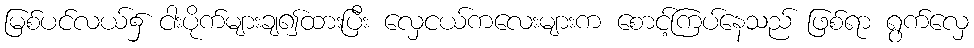
မြစ်ပင်လယ်၌ ငါးပိုက်များချ၍ထားပြီး လှေငယ်ကလေးများက စောင့်ကြပ်နေသည် ဖြစ်ရာ ရွက်လှေ